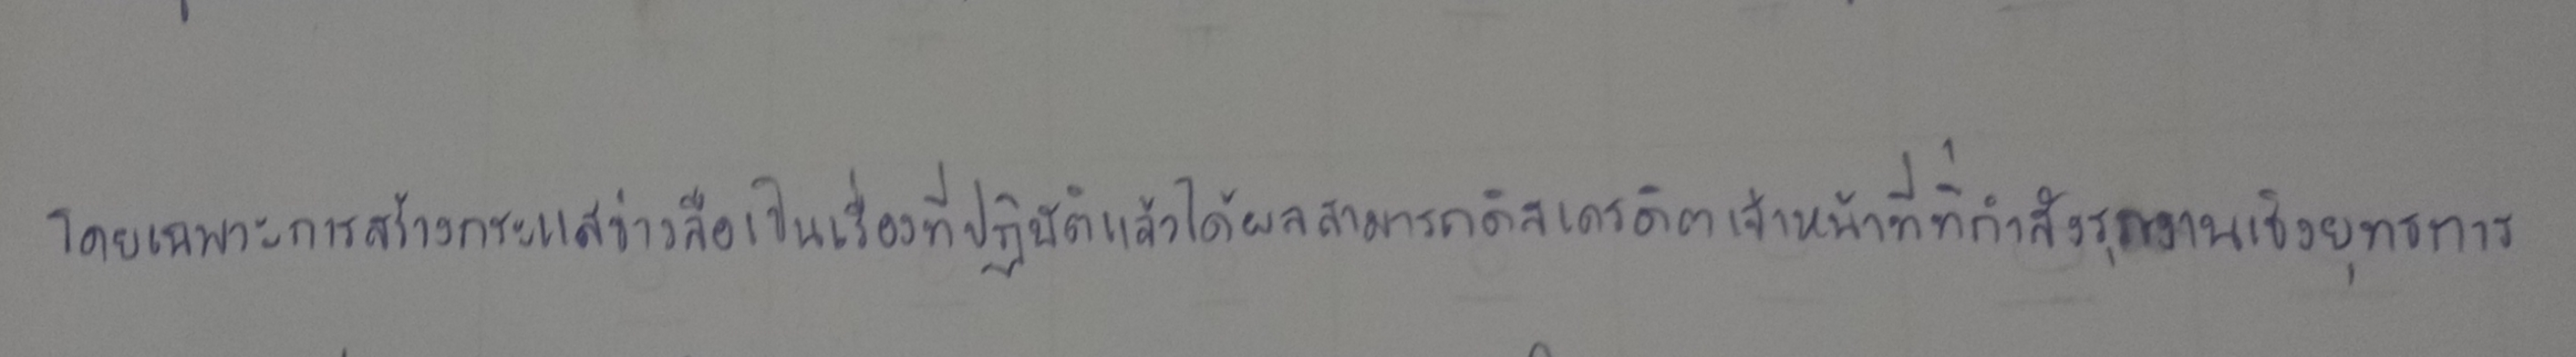
โดยเฉพาะการสร้างกระแสข่าวลือเป็นเรื่องที่ปฏิบัติแล้วได้ผลสามารถดิสเครดิตเจ้าหน้าที่ที่กำลังรุกงานเชิงยุทธการ